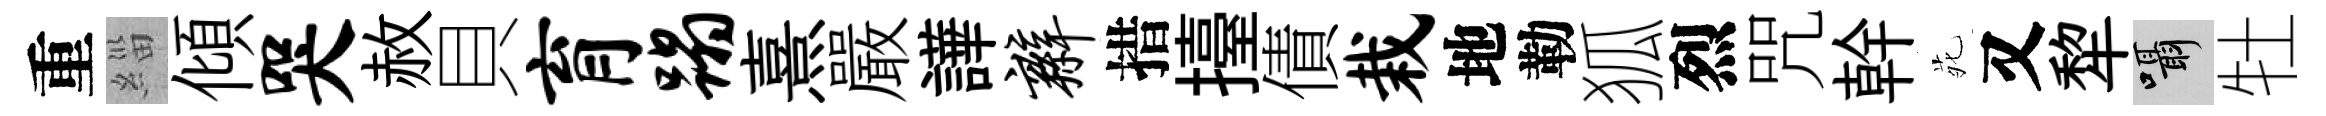
重緇傾哭赦貝育蹋熹嚴譁辫措擡債栽地勒狐烈咒幹𫟍又犂囁牡